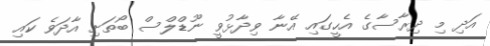
އަދި މި ދިރާސާގެ އެހީގައި އޭނާ ވިދާޅުވީ ނޫޑްލްސް ބޯތަށި އާދަވެ ކައި